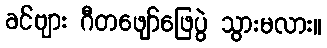
ခင်ဗျား ဂီတဖျော်ဖြေပွဲ သွားမလား။